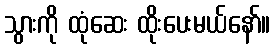
သွားကို ထုံဆေး ထိုးပေးမယ်နော်။